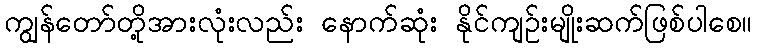
ကျွန်တော်တို့အားလုံးလည်း နောက်ဆုံး နိုင်ကျဉ်းမျိုးဆက်ဖြစ်ပါစေ။